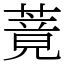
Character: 䔔